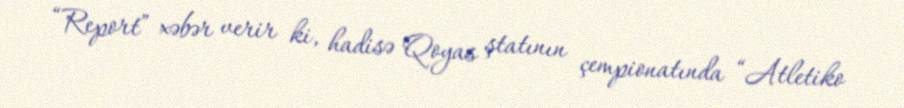
“Report” xəbər verir ki, hadisə Qoyas ştatının çempionatında “Atletiko